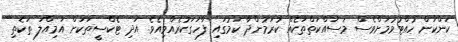
ކަންކަން ހުއްޓުވުމަށްވެސް މަސައްކަތްތަކެއް ކުރަމުންދާ ކަމުގައި ފާހަގަކުރެއްވިއެވެ. އަދި ޓެކްސީތަކަށް އަމިއްލަ ތަކެތި